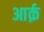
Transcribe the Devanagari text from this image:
आर्क़